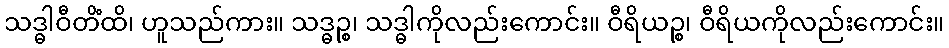
သဒ္ဓါဝီတိံထိ၊ ဟူသည်ကား။ သဒ္ဓဉ္စ၊ သဒ္ဓါကိုလည်းကောင်း။ ဝီရိယဉ္စ၊ ဝီရိယကိုလည်းကောင်း။